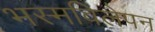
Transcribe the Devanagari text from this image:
भस्मविलेपन